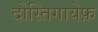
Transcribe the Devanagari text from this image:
दोस्तिगायेफ़